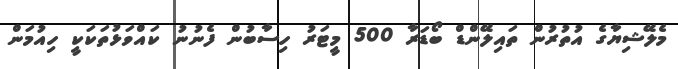
މެލޭޝިޔާގެ އުތުރުން ތައިލޭންޑް ބޯޑަރާ 500 މީޓަރު ހިސާބުން ފެނުނު ކައްވަޅުތަކަކީ ހިއުމަން